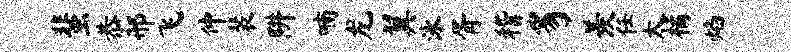
蜚恭邢飞仲裴阱喃龙翼泳胥稽豸羡任太橘焰